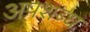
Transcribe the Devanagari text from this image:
अपशब्ध